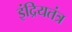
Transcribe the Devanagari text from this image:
इंद्रियतंत्र